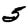
Digit: 5